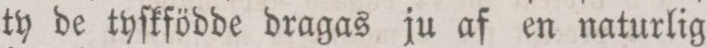
ty de tyſkfödde dragas ju af en naturlig